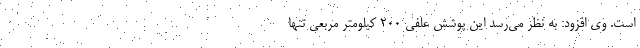
است. وی افزود: به نظر می‌رسد این پوشش علفی ۲۰۰ کیلومتر مربعی تنها